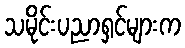
သမိုင်းပညာရှင်များက